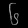
Digit: ၆